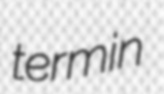
termin